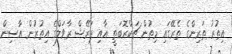
އިތުރު ތަރިންގެ ތެރޭގައި މިތުން ޗަކްރޮބަތީ އާއި ޕަރޭޝް ރާވަލްގެ އިތުރުން އާސިން